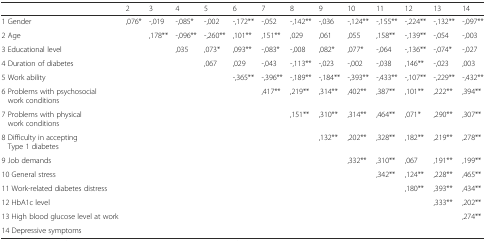
<table><thead><tr><td></td><td><b>2</b></td><td><b>3</b></td><td><b>4</b></td><td><b>5</b></td><td><b>6</b></td><td><b>7</b></td><td><b>8</b></td><td><b>9</b></td><td><b>10</b></td><td><b>11</b></td><td><b>12</b></td><td><b>13</b></td><td><b>14</b></td></tr></thead><tbody><tr><td>1 Gender</td><td>,076*</td><td>-,019</td><td>-,085*</td><td>-,002</td><td>-,172**</td><td>-,052</td><td>-,142**</td><td>-,036</td><td>-,124**</td><td>-,155**</td><td>-,224**</td><td>-,132**</td><td>-,097**</td></tr><tr><td>2 Age</td><td></td><td>,178**</td><td>-,096**</td><td>-,260**</td><td>,101**</td><td>,151**</td><td>,029</td><td>,061</td><td>,055</td><td>,158**</td><td>-,139**</td><td>-,054</td><td>-,003</td></tr><tr><td>3 Educational level</td><td></td><td></td><td>,035</td><td>,073*</td><td>,093**</td><td>-,083*</td><td>-,008</td><td>,082*</td><td>,077*</td><td>-,064</td><td>-,136**</td><td>-,074*</td><td>-,027</td></tr><tr><td>4 Duration of diabetes</td><td></td><td></td><td></td><td>,067</td><td>,029</td><td>-,043</td><td>-,113**</td><td>-,023</td><td>-,002</td><td>-,038</td><td>,146**</td><td>-,023</td><td>,003</td></tr><tr><td>5 Work ability</td><td></td><td></td><td></td><td></td><td>-,365**</td><td>-,396**</td><td>-,189**</td><td>-,184**</td><td>-,393**</td><td>-,433**</td><td>-,107**</td><td>-,229**</td><td>-,432**</td></tr><tr><td>6 Problems with psychosocial work conditions</td><td></td><td></td><td></td><td></td><td></td><td>,417**</td><td>,219**</td><td>,314**</td><td>,402**</td><td>,387**</td><td>,101**</td><td>,222**</td><td>,394**</td></tr><tr><td>7 Problems with physical work conditions</td><td></td><td></td><td></td><td></td><td></td><td></td><td>,151**</td><td>,310**</td><td>,314**</td><td>,464**</td><td>,071*</td><td>,290**</td><td>,307**</td></tr><tr><td>8 Difficulty in accepting Type 1 diabetes</td><td></td><td></td><td></td><td></td><td></td><td></td><td></td><td>,132**</td><td>,202**</td><td>,328**</td><td>,182**</td><td>,219**</td><td>,278**</td></tr><tr><td>9 Job demands</td><td></td><td></td><td></td><td></td><td></td><td></td><td></td><td></td><td>,332**</td><td>,310**</td><td>,067</td><td>,191**</td><td>,199**</td></tr><tr><td>10 General stress</td><td></td><td></td><td></td><td></td><td></td><td></td><td></td><td></td><td></td><td>,342**</td><td>,124**</td><td>,228**</td><td>,465**</td></tr><tr><td>11 Work-related diabetes distress</td><td></td><td></td><td></td><td></td><td></td><td></td><td></td><td></td><td></td><td></td><td>,180**</td><td>,393**</td><td>,434**</td></tr><tr><td>12 HbA1c level</td><td></td><td></td><td></td><td></td><td></td><td></td><td></td><td></td><td></td><td></td><td></td><td>,333**</td><td>,202**</td></tr><tr><td>13 High blood glucose level at work</td><td></td><td></td><td></td><td></td><td></td><td></td><td></td><td></td><td></td><td></td><td></td><td></td><td>,274**</td></tr><tr><td>14 Depressive symptoms</td><td></td><td></td><td></td><td></td><td></td><td></td><td></td><td></td><td></td><td></td><td></td><td></td><td></td></tr></tbody></table>